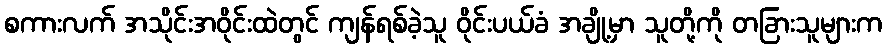
စကားလက် အသိုင်းအဝိုင်းထဲတွင် ကျန်ရစ်ခဲ့သူ ဝိုင်းပယ်ခံ အချို့မှာ သူတို့ကို တခြားသူများက